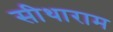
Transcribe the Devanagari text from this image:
सीथाराम